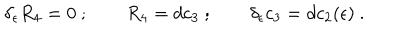
\delta _ { \epsilon } R _ { 4 } = 0 \ ; \qquad R _ { 4 } = d c _ { 3 } \ ; \qquad \delta _ { \epsilon } c _ { 3 } = d c _ { 2 } ( \epsilon ) \ .